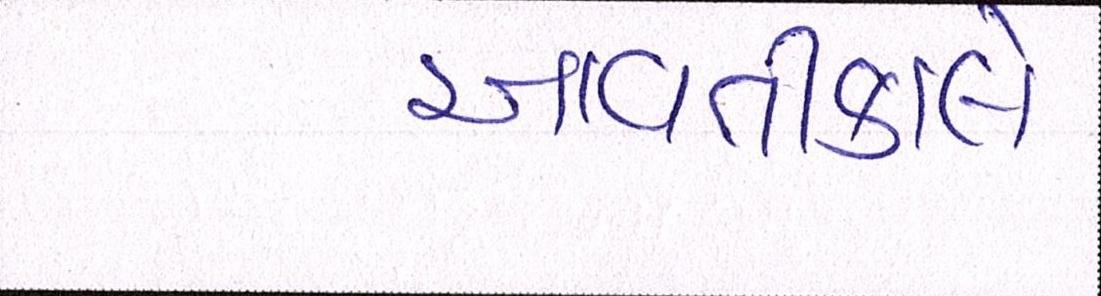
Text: આવતીકાલે